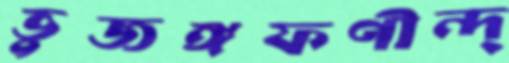
ভুজঙ্গফণীন্দ্